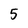
Character: 5